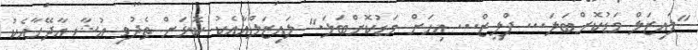
"ލައިޒަލް މަޑުކޮށްބަލަ... ޕްލީޒް... އިހަށް މަޑުކޮށްބަލަ." ލައިޒަލްއާއެކު ކޮޅަށް ތެދުވި އުޝާ އާދޭހާއެކު